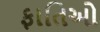
ફાતિઓ